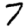
Digit: 7